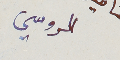
الروسي